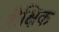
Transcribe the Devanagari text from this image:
शैक्षिक